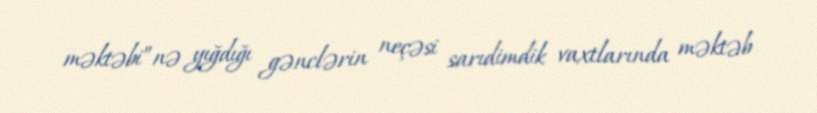
məktəbi”nə yığdığı gənclərin neçəsi sarıdimdik vaxtlarında məktəb